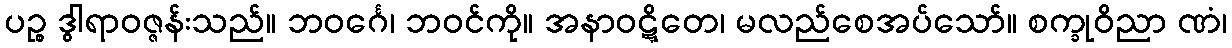
ပဉ္စ ဒွါရာဝဇ္ဇန်းသည်။ ဘဝင်္ဂေ၊ ဘဝင်ကို။ အနာဝဋ္ဋိတေ၊ မလည်စေအပ်သော်။ စက္ခုဝိညာ ဏံ၊